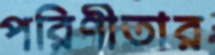
পরিণীতার